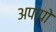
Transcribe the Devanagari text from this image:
अपापो